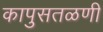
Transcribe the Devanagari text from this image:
कापुसतळणी